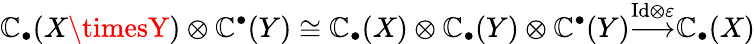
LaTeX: \mathbb{C}_{\bullet}(X\timesY)\otimes\mathbb{C}^{\bullet}(Y)\cong\mathbb{C}_{\bullet}(X)\otimes\mathbb{C}_{\bullet}(Y)\otimes\mathbb{C}^{\bullet}(Y){\overset{\mathrm{{Id}}\otimes\varepsilon}{\longrightarrow}}\mathbb{C}_{\bullet}(X)